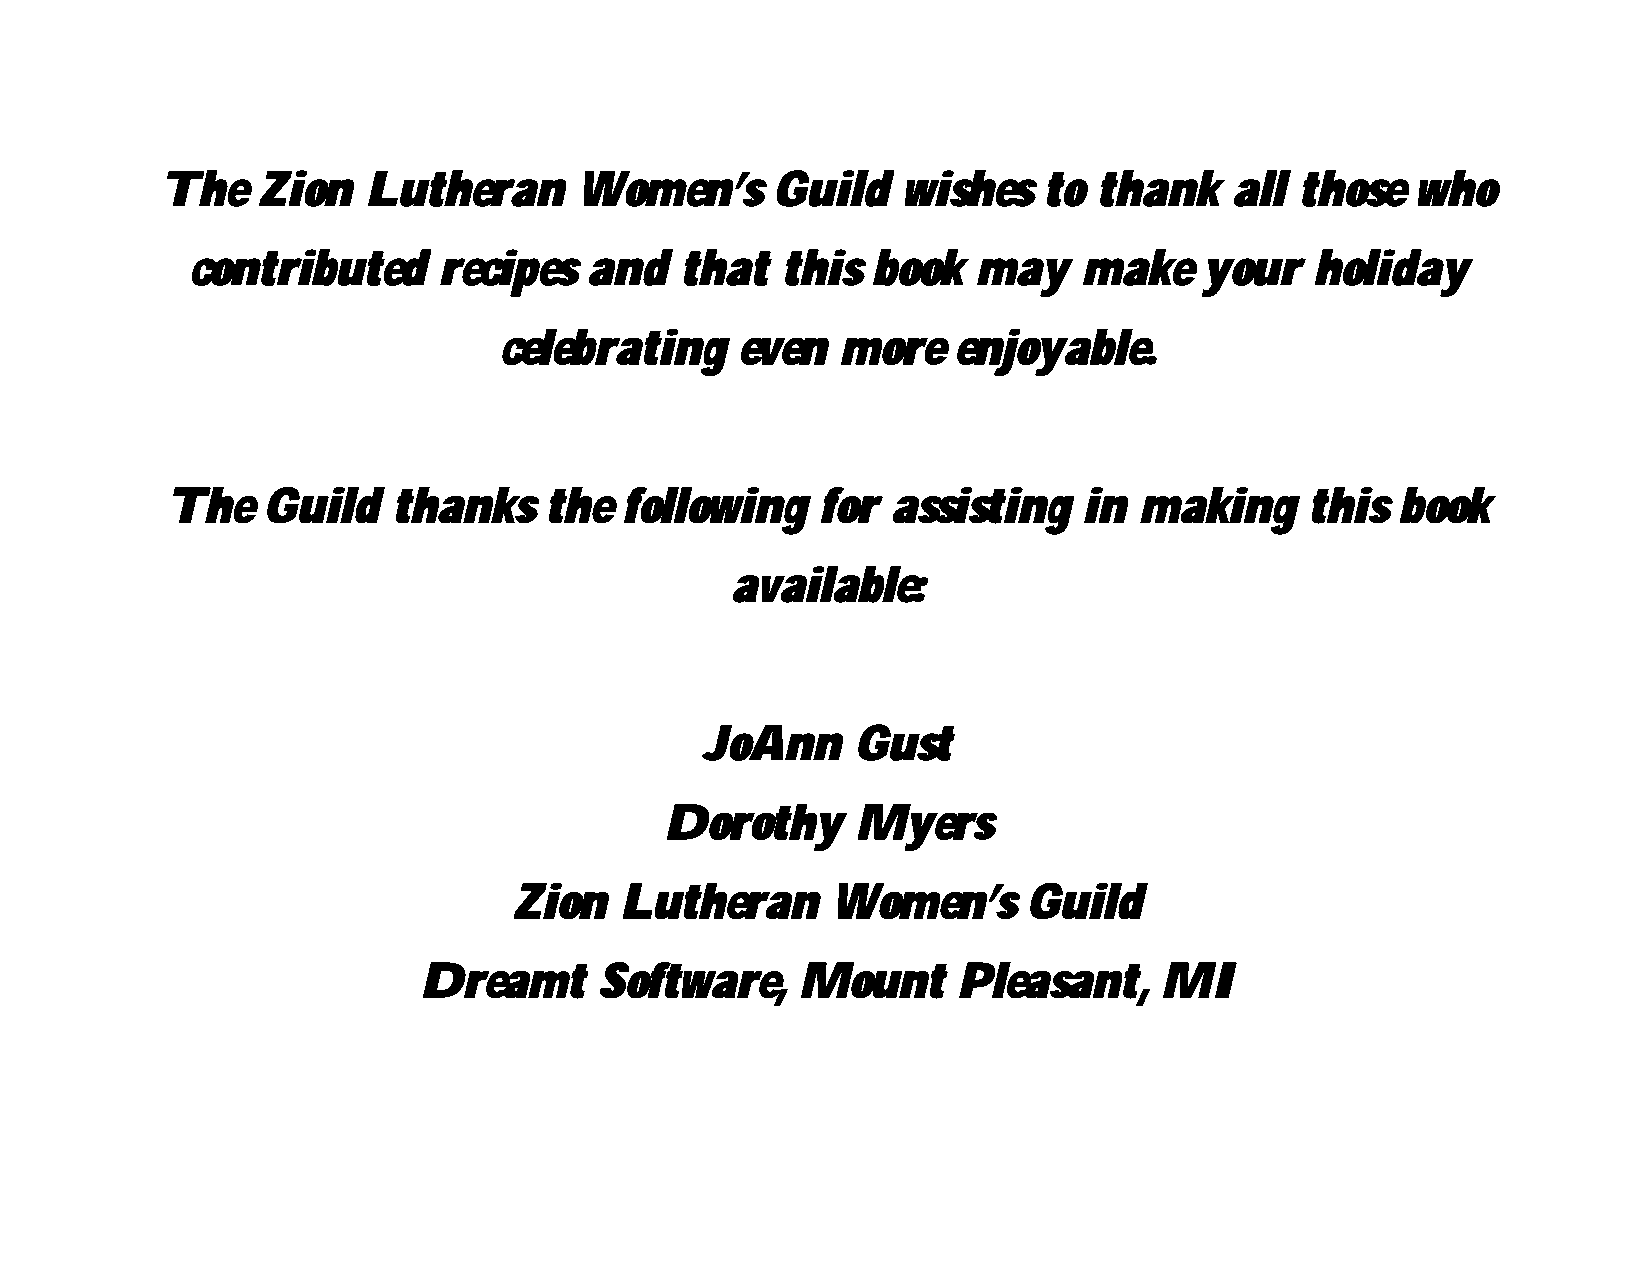
The   Zion   Lutheran      Women’s      Guild    wishes   to  thank    all those   who
 contributed      recipes   and   that   this  book   may    make    your   holiday
 celebrating     even   more   enjoyable.
 The   Guild    thanks    the  following    for  assisting    in making      this  book
 available:
 JoAnn     Gust
 Dorothy      Myers
 Zion   Lutheran      Women’s      Guild
 Dreamt      Software,    Mount     Pleasant,     MI